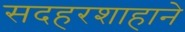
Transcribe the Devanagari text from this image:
सदहरशाहाने